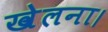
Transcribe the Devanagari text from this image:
खेलना।